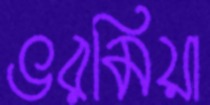
ভরমিয়া